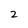
Character: 2